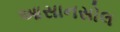
આસાનસોલ